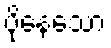
ပိုနေသော